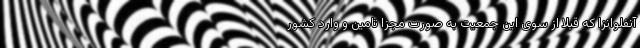
آنفلوانزا که قبلا از سوی این جمعیت به صورت مجزا تامین و وارد کشور